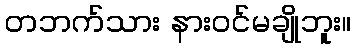
တဘက်သား နားဝင်မချိုဘူး။